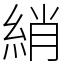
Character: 綃